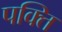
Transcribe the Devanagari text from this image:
पक्ति